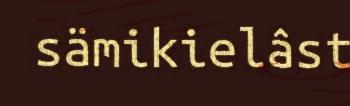
sämikielâst